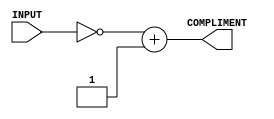
/*
    Name            : De Silva K.R
    Index Number    : E/16/068
    Lab             : Lab 06 - part 1
*/

`timescale 1ns/100ps

// 2's compliment unit
module Inverter(INPUT, COMPLIMENT);
  input [7:0] INPUT;              // 8 bit input
  output reg [7:0] COMPLIMENT;    // output as the compliment of input

  always @ (*) begin
    #1
    // input is inverted
    COMPLIMENT = ~INPUT + 8'b00000001;
  end
endmodule


// 2's compliment mux module
module Inverter_MUX(INPUT, INVRTD_INPUT, OUTPUT, InvtMUX_SELECT);
  input [7:0] INPUT, INVRTD_INPUT;        // 8 inputs
  input InvtMUX_SELECT;                   // InvtMUX_SELECT = 1 to get inverted input as output
  output reg [7:0] OUTPUT;                // output

  always @ (*) begin 
    // if select is 1, inverted input is outputted 
    if(InvtMUX_SELECT) begin OUTPUT = INVRTD_INPUT; end
    // else,  non-inverted output is outputted
    else begin OUTPUT = INPUT; end
  end
endmodule


// immediate mux module
module Immediate_MUX(IM_INPUT, INPUT, OUTPUT, ImMUX_SELECT);
  input [7:0] IM_INPUT, INPUT;          // 8 bit inputs
  input ImMUX_SELECT;                   // SELECT = 1 to get immediate input as output 
  output reg [7:0] OUTPUT;              // output

  always @ (*) begin
    // if SELECT is 1, immediate input is outputted
    if(ImMUX_SELECT) begin OUTPUT = IM_INPUT; end
    // else, other input (output from inverter mux) is outputted
    else begin OUTPUT = INPUT; end
  end
endmodule


// dedicated adder to increment PC
module PC_incrementer(PC, updatedPC);
  input [31:0] PC;
  output reg [31:0] updatedPC;   // temporary variable to hold updated PC value

  always @ (PC) begin
    #1
    updatedPC = PC + 32'd4;
  end
endmodule


// adder to update PC value according to j or beq instruction
module PC_updater(updatedPC, PC_offset, offsettedPC);
  input [31:0] updatedPC;           // updatedPC -  normally incremented PC value by 4
  input [7:0] PC_offset;            // PC_offset -  offset value to be added to PC from j and beq instruction
  output reg [31:0] offsettedPC;    // newly updated PC value with added offset

  always @ (updatedPC) begin
    #2
    offsettedPC = updatedPC + {{24{PC_offset[7]}}, PC_offset, 2'b00};
  end
endmodule


// PC mux module
module PC_MUX(updatedPC, offsettedPC, PC_SELECT, newPC);
  input [31:0] updatedPC, offsettedPC;        // inputs - regularly updated PC (increment by 4) and offsetted PC
  input PC_SELECT;                            // select input of PC_MUX
  output reg [31:0] newPC;                    // output

  always @ (*) begin
    // if select is true offsetted PC is outputted
    if(PC_SELECT) begin
      newPC = offsettedPC;
    end
    // else, regularly updated PC is outputted
    else begin newPC = updatedPC; end
  end
endmodule


// MUX module to select correct write signal to be written to REG file
module SELECT_32x8_MUX(ALU_RESULT, LSL_SHIFTER_OUT, LSR_SHIFTER_OUT, ASR_SHIFTER_OUT, ROR_SHIFTER_OUT, SELECT_32x1, SELECT_32x1_MUXOUT);
  input [7:0] ALU_RESULT, LSL_SHIFTER_OUT, LSR_SHIFTER_OUT, ASR_SHIFTER_OUT, ROR_SHIFTER_OUT;   // outputs of shifters
  input [2:0] SELECT_32x1;                  // mux select signal
  output reg [7:0] SELECT_32x1_MUXOUT;      // output of the 32x1 mux

  always @ (*) begin

    // to get ALU result
    if(SELECT_32x1 == 3'b000) begin SELECT_32x1_MUXOUT = ALU_RESULT; end

    // to get logical left shift result
    else if(SELECT_32x1 == 3'b001) begin SELECT_32x1_MUXOUT = LSL_SHIFTER_OUT; end

    // to get logical right shift result 
    else if(SELECT_32x1 == 3'b010) begin SELECT_32x1_MUXOUT = LSR_SHIFTER_OUT; end

    // to get arithmetic right shift result
    else if(SELECT_32x1 == 3'b011) begin SELECT_32x1_MUXOUT = ASR_SHIFTER_OUT; end

    // to get rotate right result
    else if(SELECT_32x1 == 3'b100) begin SELECT_32x1_MUXOUT = ROR_SHIFTER_OUT; end
  end
endmodule

// MUX to select input to written to REG file 
module REGIN_MUX(SELECT_32x1_MUXOUT, DataMem_READDATA, RegFileInMUX_SEL, REGWRITE_FINAL);
  input [7:0] SELECT_32x1_MUXOUT, DataMem_READDATA;   // inputs from REG file and ALU
  input RegFileInMUX_SEL;                             // selection input
  output reg [7:0] REGWRITE_FINAL;                    // final output to be written to reg file

  always @ (*) begin
    // if mux selector is high data is read from data memory and assigned to the output stream
    if(RegFileInMUX_SEL) begin
      REGWRITE_FINAL = DataMem_READDATA;
    end
    // else output from the 32x1 mux is assigned to the output stream
    else begin
      REGWRITE_FINAL = SELECT_32x1_MUXOUT;
    end
  end
endmodule